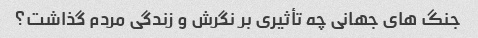
جنگ های جهانی چه تأثیری بر نگرش و زندگی مردم گذاشت؟